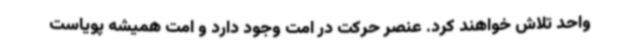
واحد تلاش خواهند کرد. عنصر حرکت در امت وجود دارد و امت همیشه پویاست